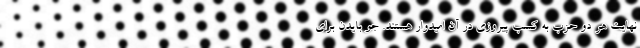
نهایت هر دو حزب به کسب پیروزی در آن امیدوار هستند. جو بایدن برای